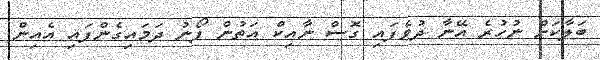
ބަލާކަށް ނުހުރެ އޭނާ ދުވެފައި ގޮސް ނާއިކް އަތުން ފޯނު ދަމައިގެންފައި އެއިން